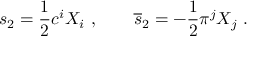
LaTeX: s _ { 2 } = { \frac { 1 } { 2 } } c ^ { i } X _ { i } \, \, , \quad \quad \overline { { { s } } } _ { 2 } = - { \frac { 1 } { 2 } } \pi ^ { j } X _ { j } \, \, .